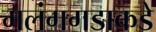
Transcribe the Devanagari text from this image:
मलंगगडाकडे